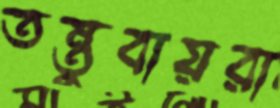
তন্তুবায়রা